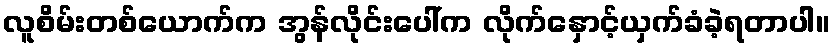
လူစိမ်းတစ်ယောက်က အွန်လိုင်းပေါ်က လိုက်နှောင့်ယှက်ခံခဲ့ရတာပါ။